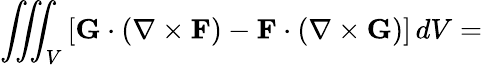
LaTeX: \iiint_{V}\left[\mathbf{G}\cdot\left(\nabla\times\mathbf{F}\right)-\mathbf{F}\cdot\left(\nabla\times\mathbf{G}\right)\right]\, dV=